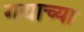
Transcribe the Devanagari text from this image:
गद्याच्या